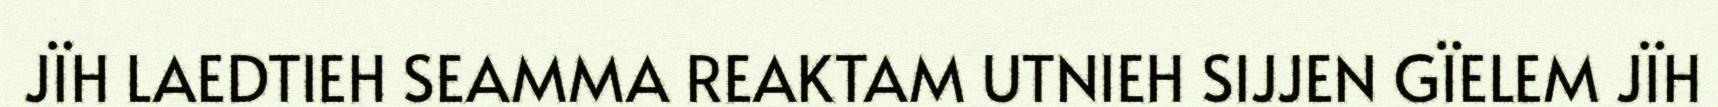
JÏH LAEDTIEH SEAMMA REAKTAM UTNIEH SIJJEN GÏELEM JÏH